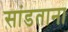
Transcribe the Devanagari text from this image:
सांडताना